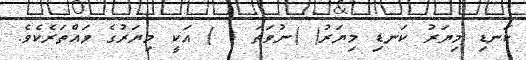
ކަނޑި މިޔަރު ކަނޑި މިޔަރު( )ނުވަތަ ( ) އަކީ މިޔަރުގެ ވައްތަރެކެވެ.